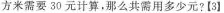
方米需要30元计算，那么共需用多少元?[3]